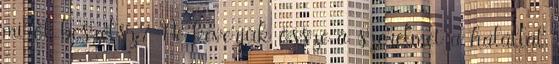
miről beszélsz? Ne keverjük össze a szerelmet a halállal